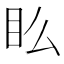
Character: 𥃼